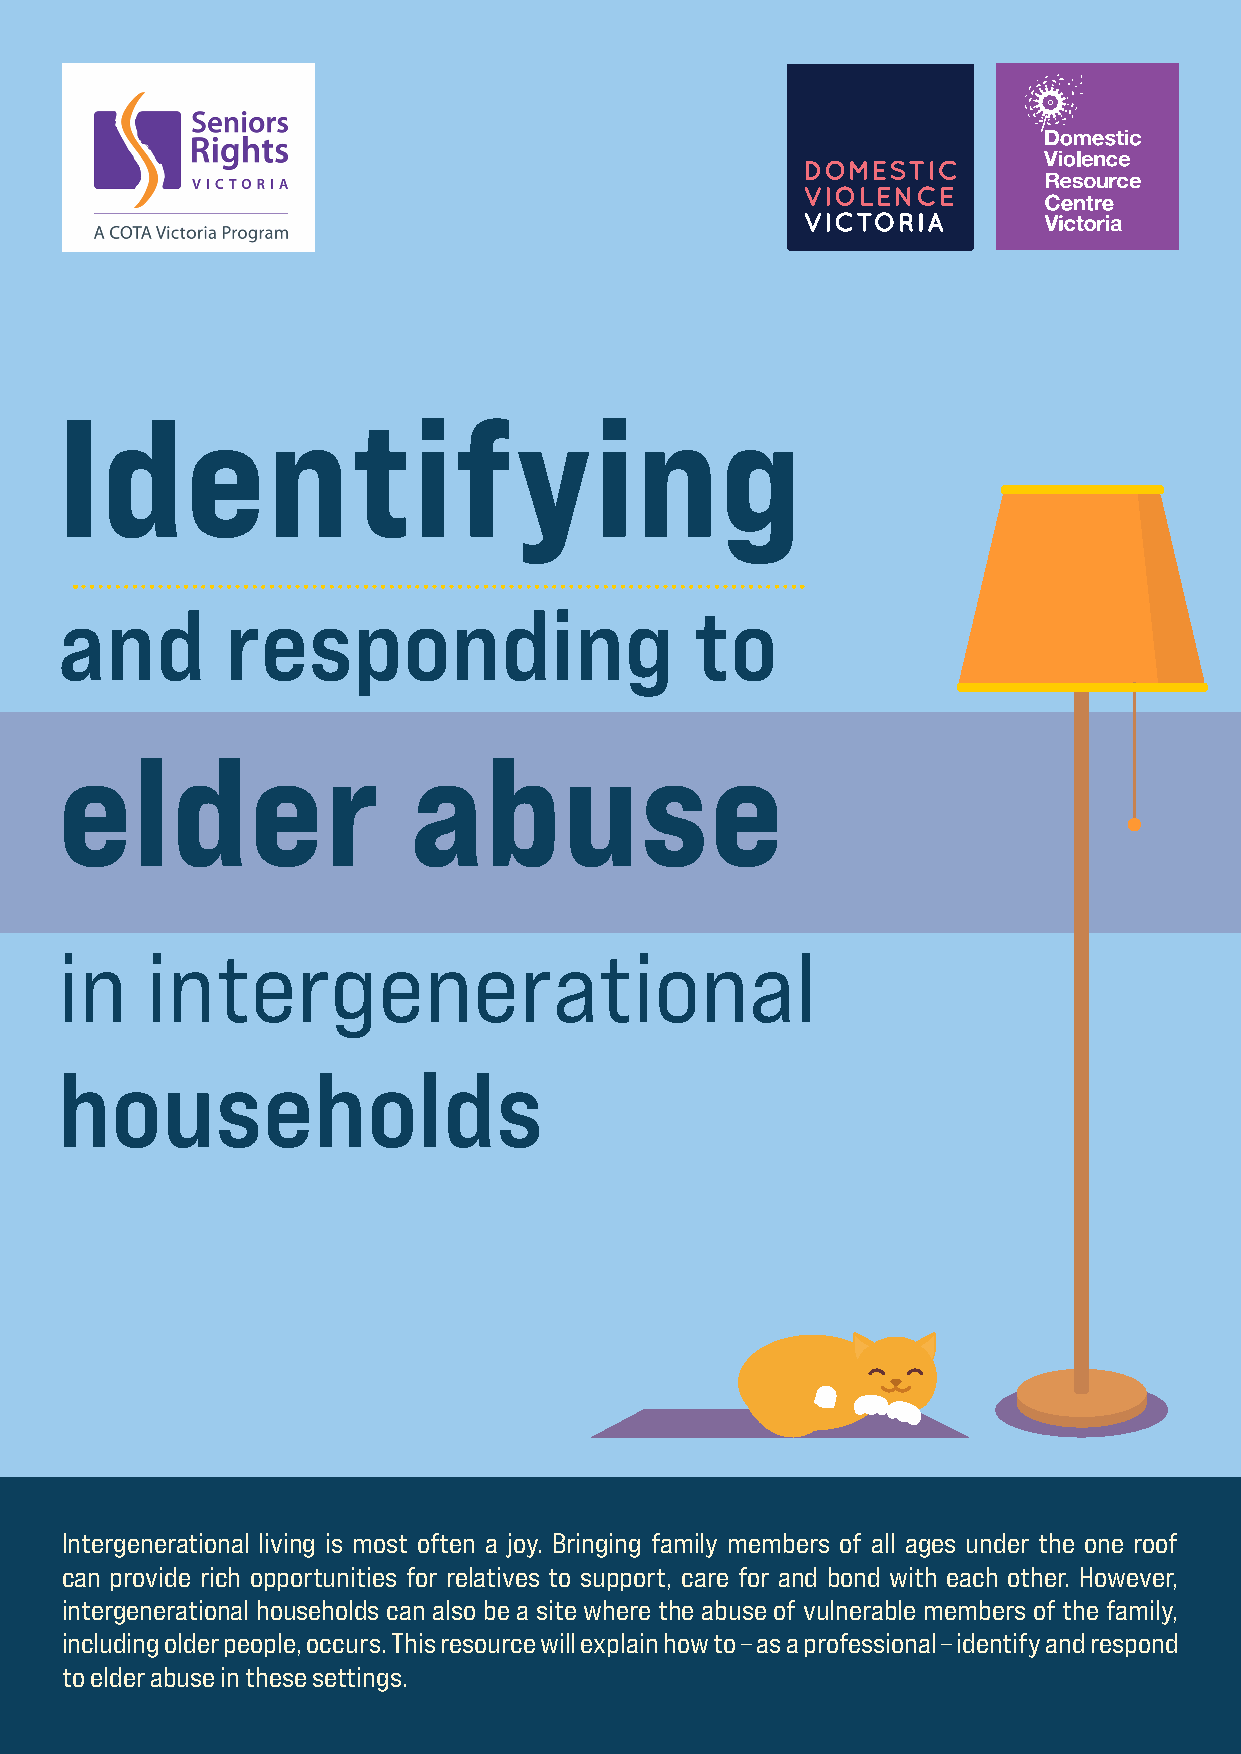
Identifying
 and        responding                     to
 elder                  abuse
 in    intergenerational
 households
 Intergenerational living is most often a joy. Bringing family members of all ages under the one roof
 can provide rich opportunities for relatives to support, care for and bond with each other. However,
 intergenerational households can also be a site where the abuse of vulnerable members of the family,
 including older people, occurs. This resource will explain how to – as a professional – identify and respond
 to elder abuse in these settings.